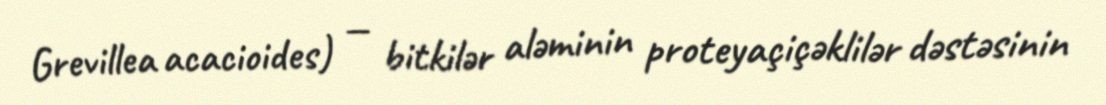
Grevillea acacioides) — bitkilər aləminin proteyaçiçəklilər dəstəsinin